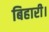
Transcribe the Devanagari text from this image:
बिहारी।